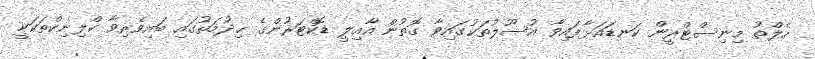
ހެލްތު މިނިސްޓްރީން ކަނޑައަޅާފައިވާ އުސޫލުތަކުގައިވާ ގޮތުން އާއިލީ ޑޮކްޓަރުންގެ ޚިދުމަތުގައި ބައިވެރިވާ ކްލިނިކްތަކަކީ